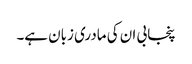
پنجابی ان کی مادری زبان ہے۔